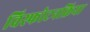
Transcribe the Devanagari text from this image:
विस्फोटनक्रिया